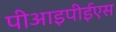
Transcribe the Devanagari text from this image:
पीआइपीईएस